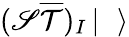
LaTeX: ({\cal{\mathscr{S}}}{\overline{{{\cal{T}}}}})_{I}\left|\rule{0.3cm}{0cm}\right>